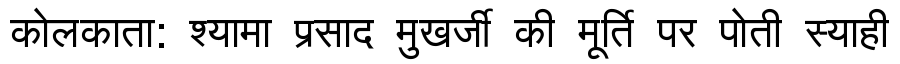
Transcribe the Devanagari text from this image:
कोलकाता: श्यामा प्रसाद मुखर्जी की मूर्ति पर पोती स्याही